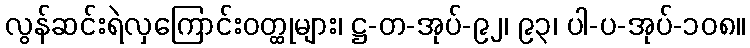
လွန်ဆင်းရဲလှကြောင်းဝတ္ထုများ၊ ဋ္ဌ-တ-အုပ်-၉၂၊ ၉၃၊ ပါ-ပ-အုပ်-၁၀၈။